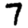
Digit: 7